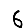
Digit: 6